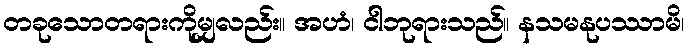
တခုသောတရားကိုမျှလည်း။ အဟံ၊ ငါဘုရားသည်။ နသမနုပဿာမိ၊